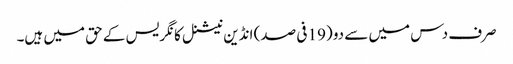
صرف دس میں سے دو (19 فی صد) انڈین نیشنل کانگریس کے حق میں ہیں۔